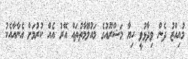
މުއިއްޒު ދެން ވިދާޅުވީ ހިޔާ މަޝްރޫއުގެ މައުލޫމާތުތައް އޭރު އެއް ކުރުމަށް އެނާއާއެކު